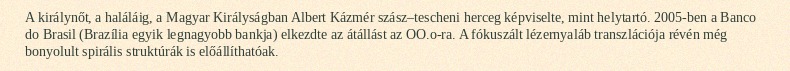
A királynőt, a haláláig, a Magyar Királyságban Albert Kázmér szász–tescheni herceg képviselte, mint helytartó. 2005-ben a Banco do Brasil (Brazília egyik legnagyobb bankja) elkezdte az átállást az OO.o-ra. A fókuszált lézernyaláb transzlációja révén még bonyolult spirális struktúrák is előállíthatóak.